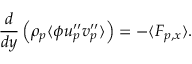
\frac { d } { d y } \left( \rho _ { p } \langle \phi u _ { p } ^ { \prime \prime } v _ { p } ^ { \prime \prime } \rangle \right) = - \langle F _ { p , x } \rangle .